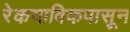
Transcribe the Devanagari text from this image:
रेकयाविकपासून